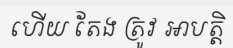
ហើយ តែង ត្រូវ អាបត្តិ